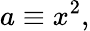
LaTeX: a\equiv x^{2},